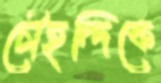
চৌহদ্দিকে